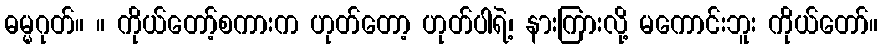
ဓမ္မဂုတ်။ ။ ကိုယ်တော့်စကားက ဟုတ်တော့ ဟုတ်ပါရဲ့၊ နားကြားလို့ မကောင်းဘူး ကိုယ်တော်။